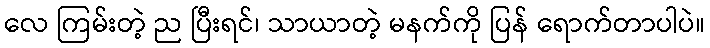
လေ ကြမ်းတဲ့ ည ပြီးရင်၊ သာယာတဲ့ မနက်ကို ပြန် ရောက်တာပါပဲ။